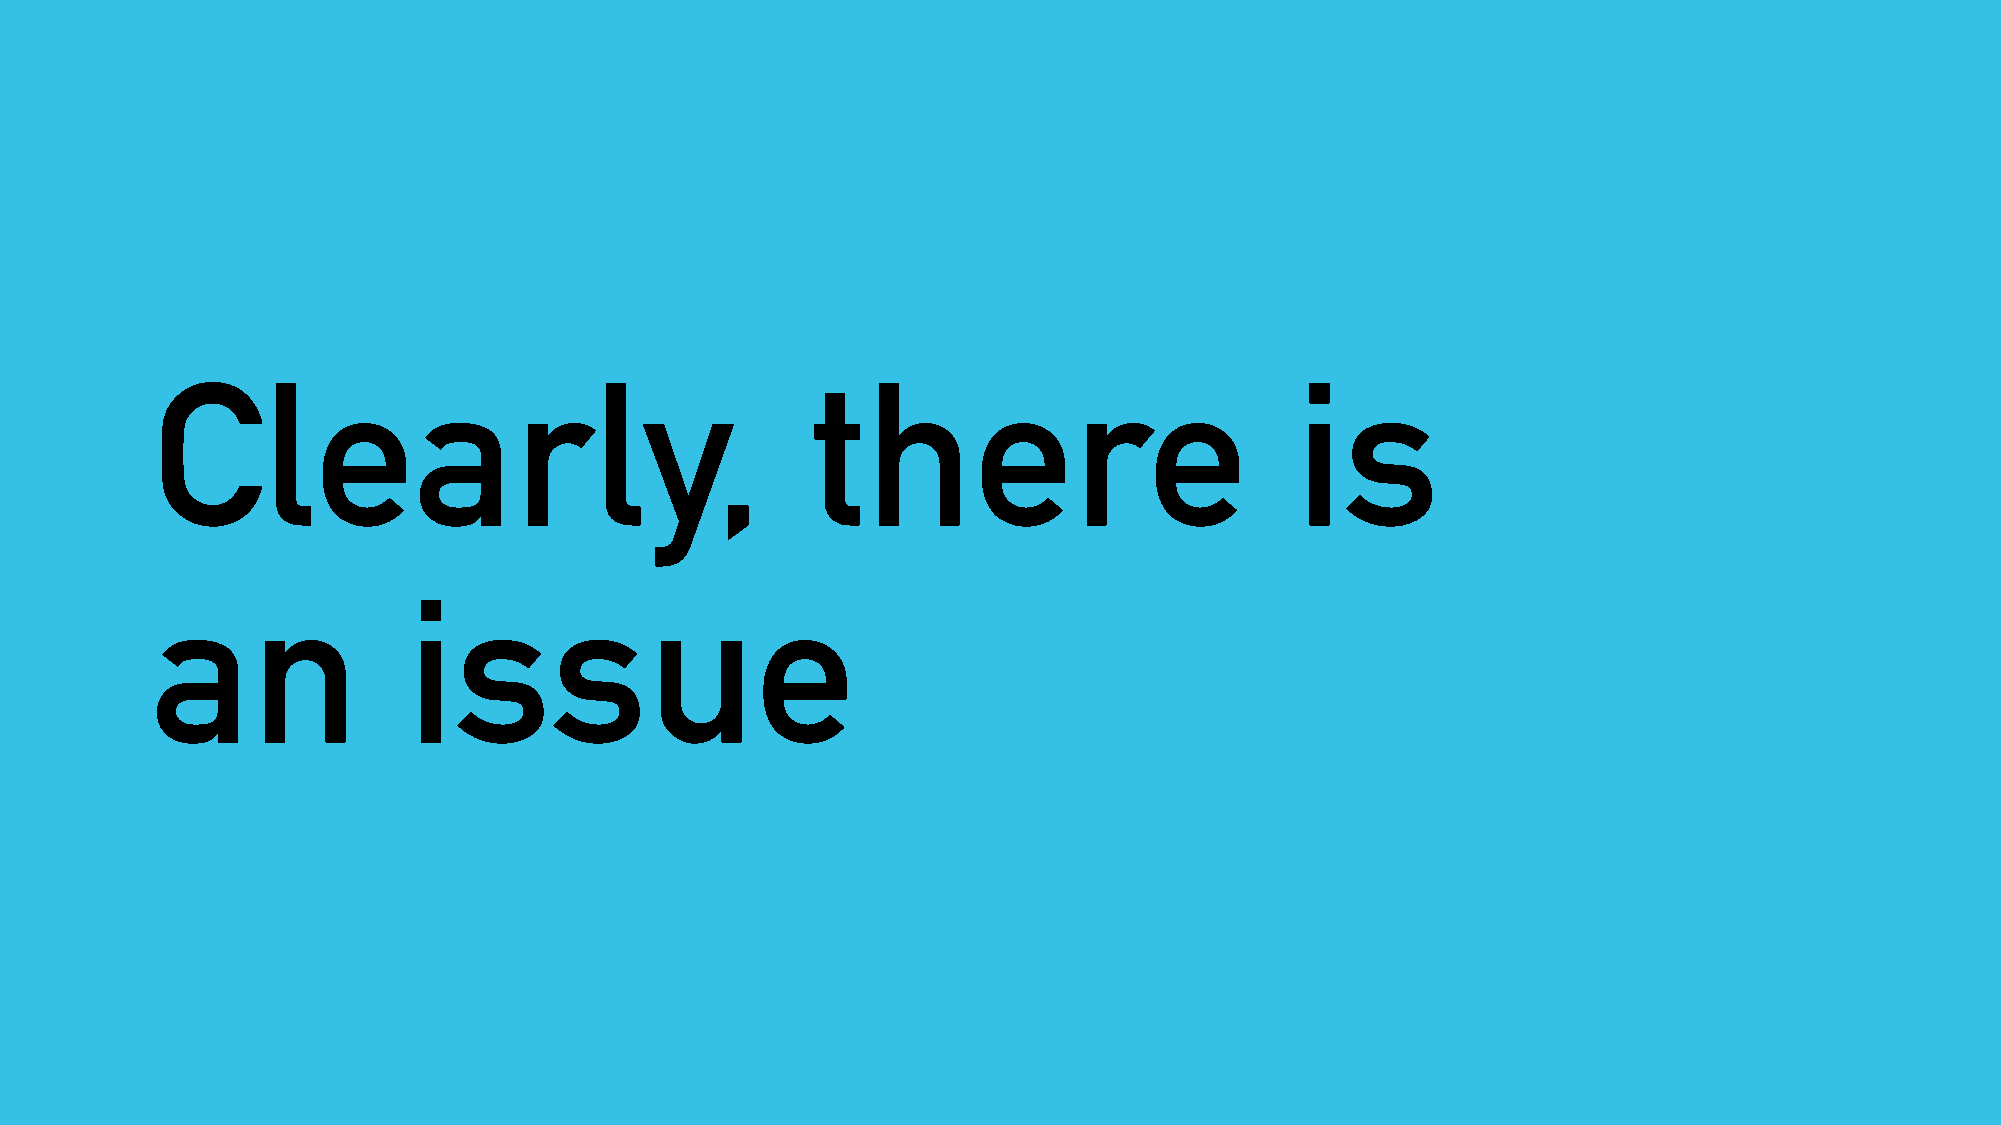
Clearly,                                    there                           is
 an               issue